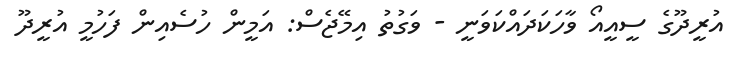
އުރީދޫގެ ސީއީއޯ ވާހަކަދައްކަވަނީ - ވަގުތު އިމޭޖެސް: އަމީން ހުސެއިން ފަހުމީ އުރީދޫ